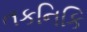
તકનિકિ